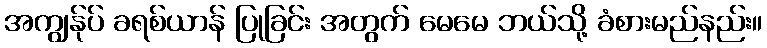
အကျွန်ုပ် ခရစ်ယာန် ပြုခြင်း အတွက် မေမေ ဘယ်သို့ ခံစားမည်နည်း။